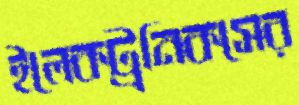
ইলেকট্রনিকসের